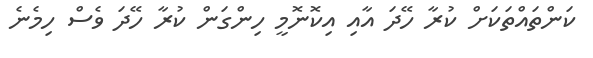
ކަންތައްތަކަށް ކުރާ ހޭދަ އާއި އިކޮނޮމީ ހިންގަން ކުރާ ހޭދަ ވެސް ހިމެނެ